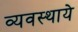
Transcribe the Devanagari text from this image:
व्यवस्थाये